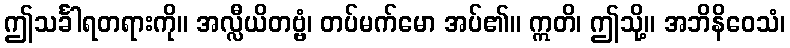
ဤသင်္ခါရတရားကို။ အလ္လီယိတဗ္ဗံ၊ တပ်မက်မော အပ်၏။ ဣတိ၊ ဤသို့။ အဘိနိဝေသံ၊